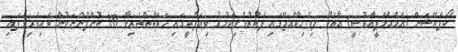
ކޯޕަރޭޝަން (އެމްއެމްޕީއާރުސީ) އާއެކު ދިވެހިރާއްޖޭގައި ފަތުރުވެރިކަމުގެ ވިޔަފާރީގައި ހަރަކާތްތެރިވާ 10 ކުންފުންޏަކުން ބައިވެރިވެފައި